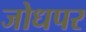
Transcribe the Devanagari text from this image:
जोधपर